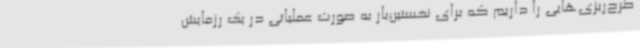
طرح‌ریزی‌هایی را داریم که برای نخستین‌بار به صورت عملیاتی در یک رزمایش